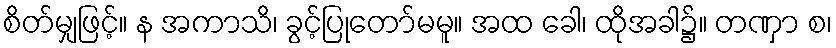
စိတ်မျှဖြင့်။ န အကာသိ၊ ခွင့်ပြုတော်မမူ။ အထ ခေါ၊ ထိုအခါ၌။ တဏှာ စ၊